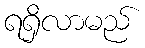
ရရှိလာမည်